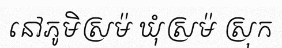
នៅភូមិស្រម៉ ឃុំស្រម៉ ស្រុក